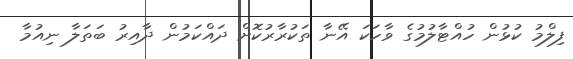
ފިލްމު ކުޅުން ހުއްޓާލުމުގެ ވާހަކަ އޭނާ ތަކުރާރުކޮށް ދައްކަމުން ދާއިރު ބަތަލާ ނިއުމާ